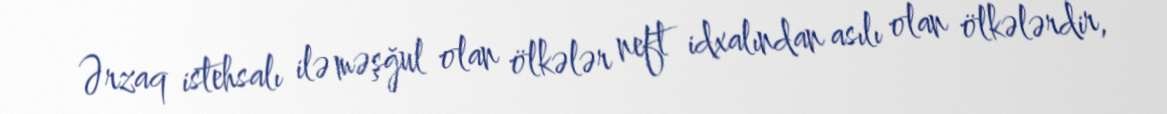
Ərzaq istehsalı ilə məşğul olan ölkələr neft idxalından asılı olan ölkələrdir,